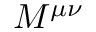
{ \cal M } ^ { \mu \nu }